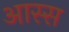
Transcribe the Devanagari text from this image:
आस्स